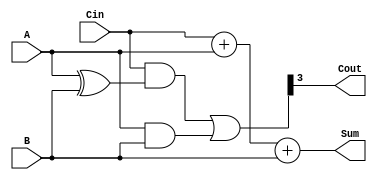
module Carry_Lookahead_Adder (
    input [3:0] A,
    input [3:0] B,
    input Cin,
    output [4:0] Sum,
    output Cout
);

wire [3:0] xor_out;
wire [3:0] and_out;
wire [3:0] carry;

assign xor_out = A ^ B;
assign and_out = A & B;
assign carry = (Cin & xor_out) | and_out;

assign Sum = Cin + A + B;
assign Cout = carry[3];

endmodule